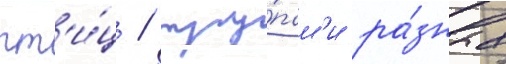
пт'и́ц / тру́пам'и ра́зных